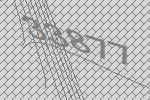
33877